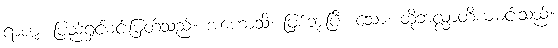
ရာဇာ၊ ပြည်ရှင်မင်းမြတ်သည်။ အဟောသိ၊ ဖြစ်ဘူးပြီ။ သော၊ ထိုဘလ္လာတိယမင်းသည်။